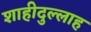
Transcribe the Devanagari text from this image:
शाहीदुल्लाह